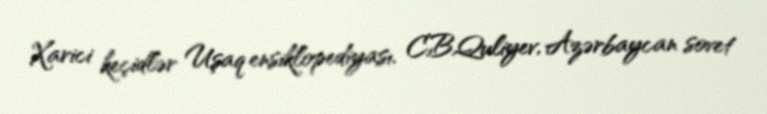
Xarici keçidlər Uşaq ensiklopediyası, C.B.Quliyev, Azərbaycan sovet